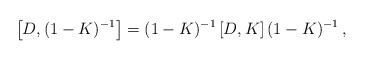
LaTeX: \begin{align*}\left[D,(1-K)^{-1}\right] = (1-K)^{-1}\left[ D,K\right] (1-K)^{-1}\, ,\end{align*}